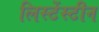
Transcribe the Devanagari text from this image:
लिस्टेंस्टीन